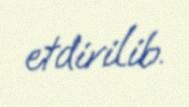
etdirilib.